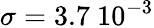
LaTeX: \sigma=3.7\ 10^{-3}